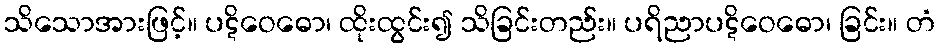
သိသောအားဖြင့်။ ပဋိဝေဓော၊ ထိုးထွင်း၍ သိခြင်းတည်း။ ပရိညာပဋိဝေဓော၊ ခြင်း။ တံ